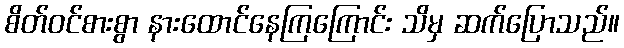
စိတ်ဝင်စားစွာ နားထောင်နေကြကြောင်း သိမှ ဆက်ပြောသည်။